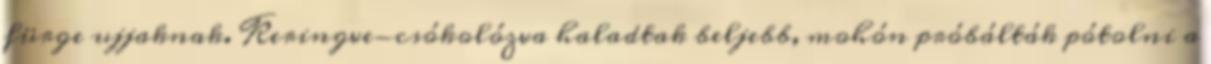
fürge ujjaknak. Keringve-csókolózva haladtak beljebb, mohón próbálták pótolni a